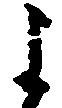
よ